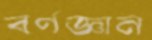
বর্ণজ্ঞান